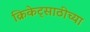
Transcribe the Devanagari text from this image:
क्रिकेट्साठीच्या